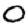
Digit: 0